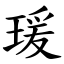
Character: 瑗